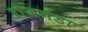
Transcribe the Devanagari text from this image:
रोजमंडा